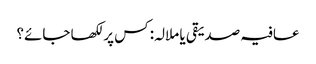
عافیہ صدیقی یا ملالہ: کس پر لکھا جائے؟